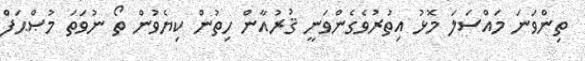
ތިންވަނަ މައްސަލަ މޮޅު އިތުރުވެގެންވަނީ ޤުރުއާން ހިތުން ކިޔެވުން ތޯ ނުވަތަ މުޞްޙަފް